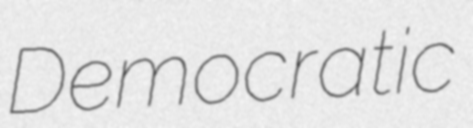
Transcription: Democratic